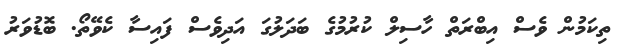
ތިކަމުން ވެސް އިބްރަތް ހާސިލް ކުރުމުގެ ބަދަލުގަ އަދިވެސް ފައިސާ ކެވޭތޯ. ބޮޑުވަރު